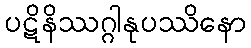
ပဋိနိဿဂ္ဂါနုပဿိနော